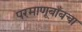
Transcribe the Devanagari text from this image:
परमाणूबाँबचा